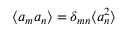
\langle a _ { m } a _ { n } \rangle = \delta _ { m n } \langle a _ { n } ^ { 2 } \rangle